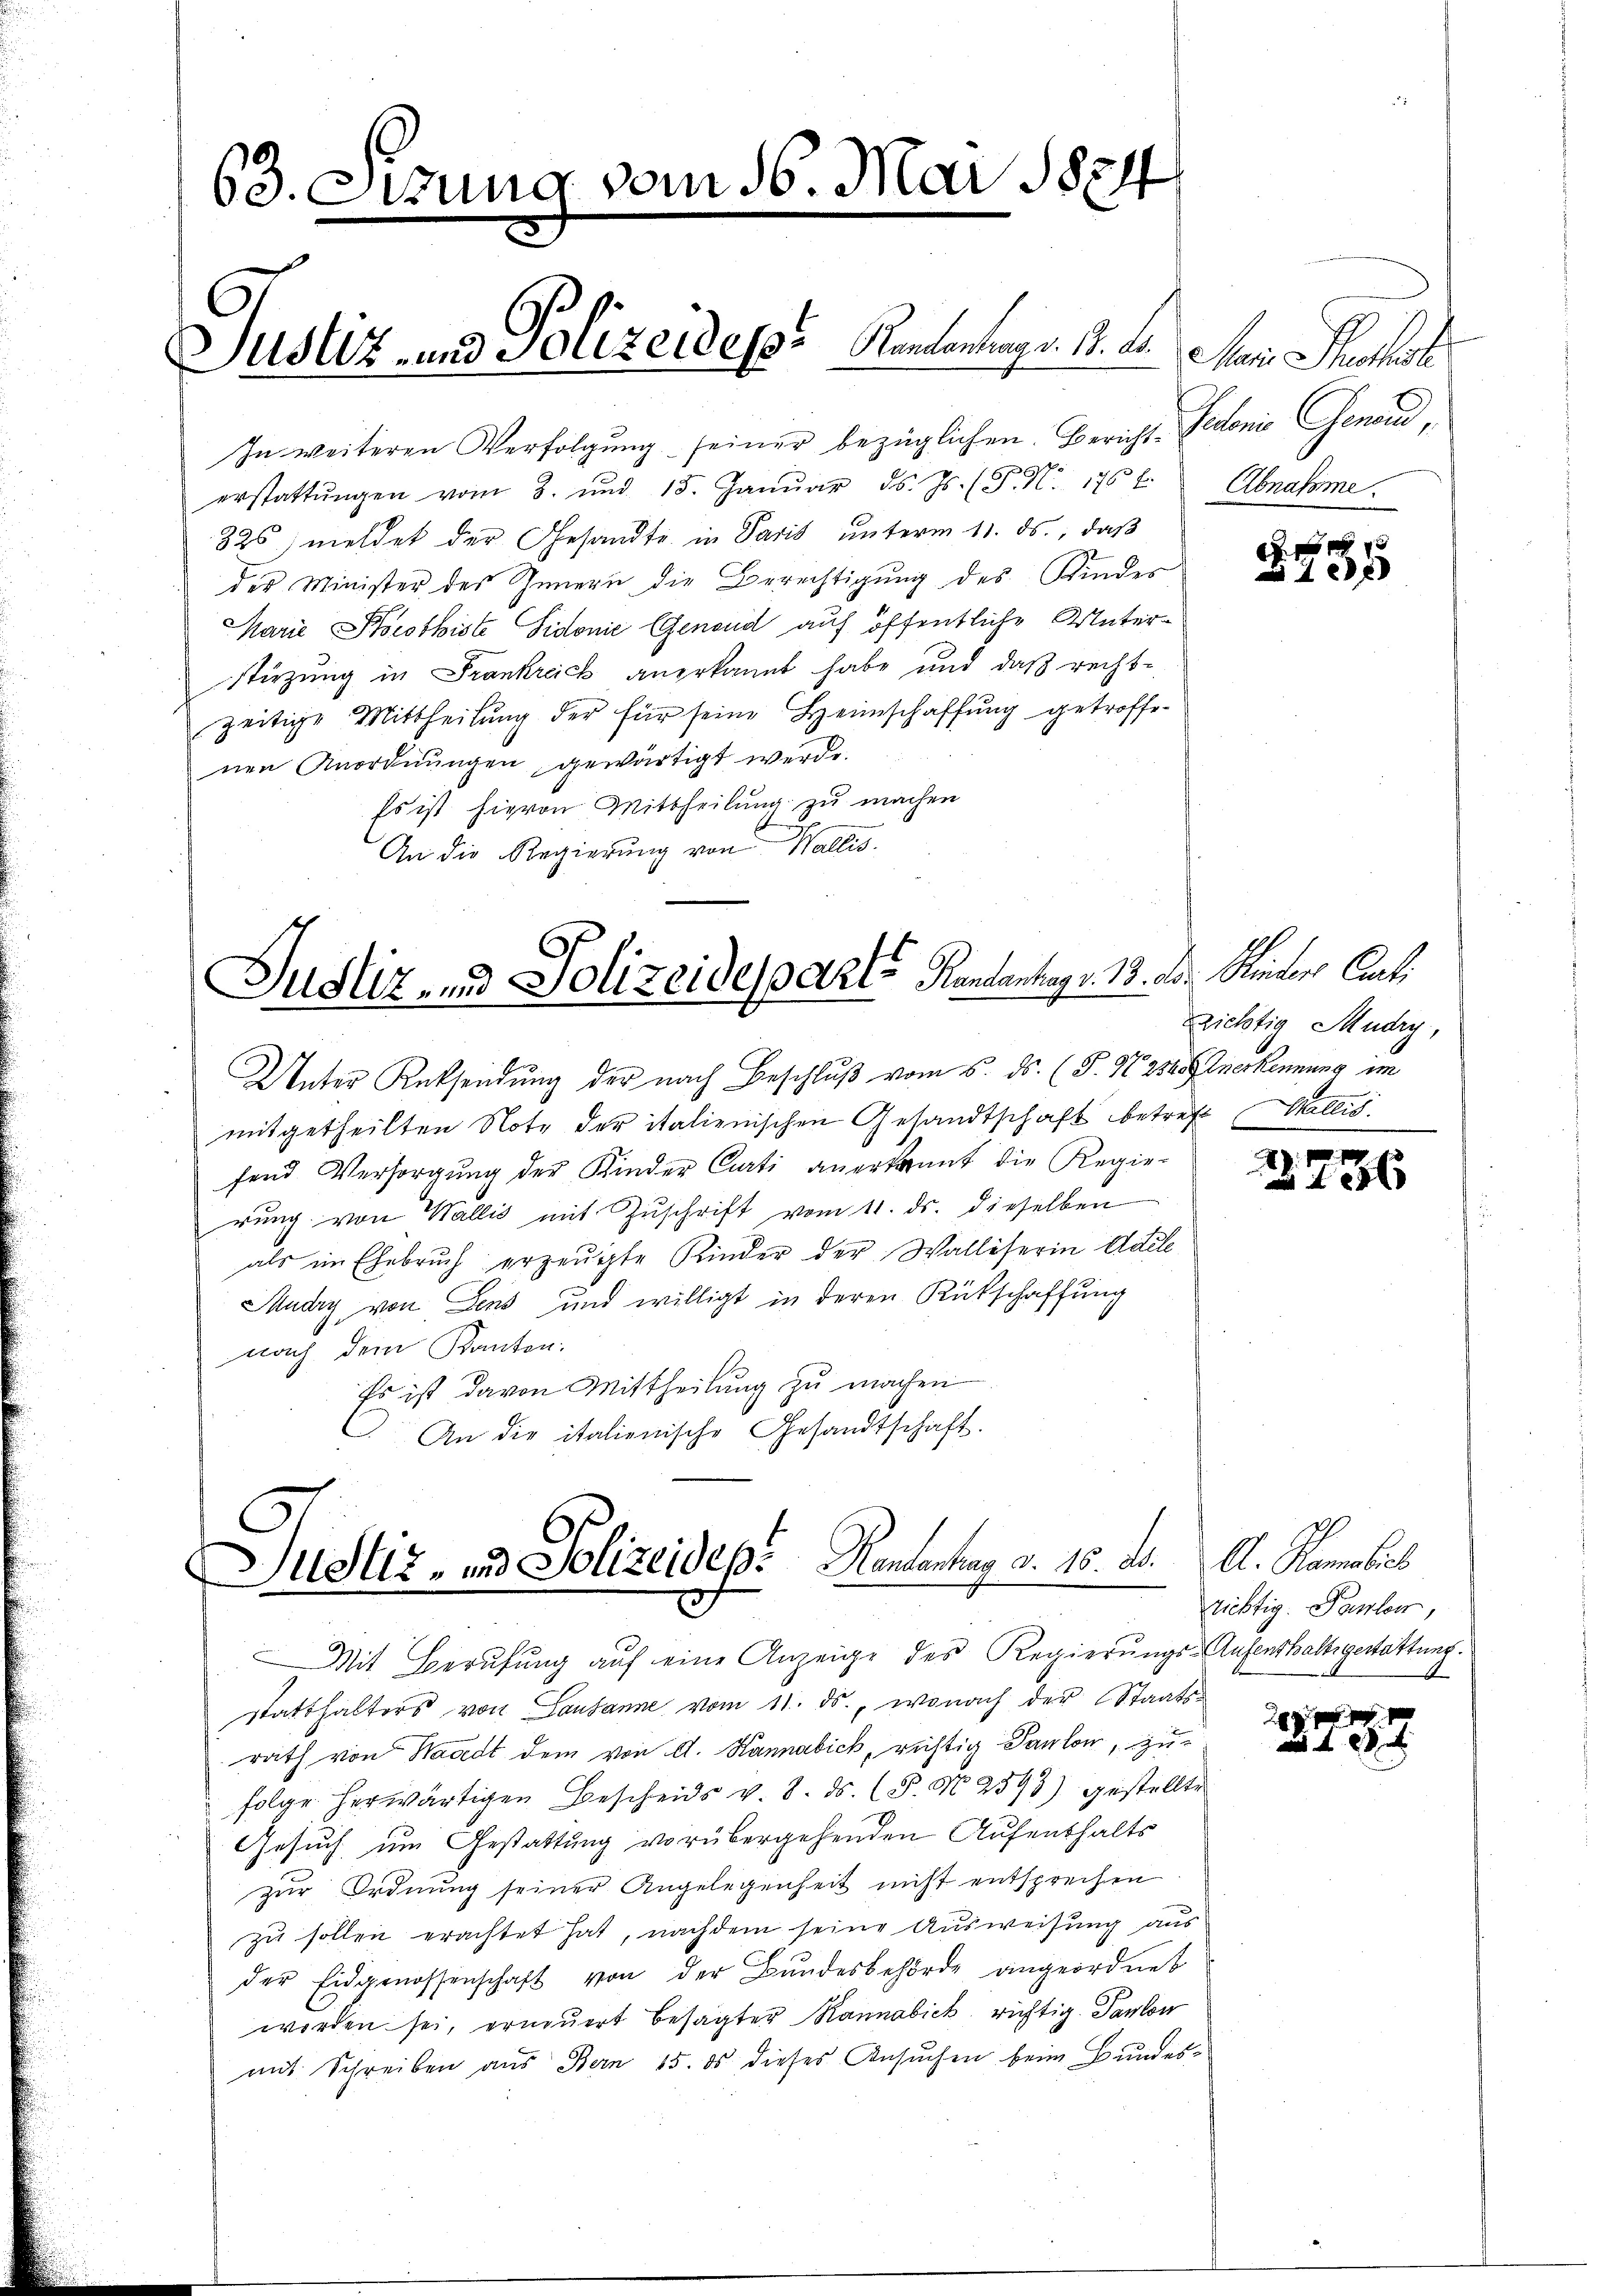
63. eizung vom 16. Mai 1884
Justiz- und Polizeideser Kantentags. S. den

In weiteren Verfolgung seiner bezüglichen Bericht-Fedonie Genan
erstattŭngen vom 3. und 15. Janŭar d. Js. (T. N. 176 t. Abnahme.
826 meldet der Gesandte in Paris ŭnterm 11. ds., daβ
des Minister des Innern die Berechtigung des Kindes
Marie Korothiste Sidonie (Genoud auf öffentliche Unterstürzung in Frankreick anerkannt habe und daß recht-
zeitige Mittheilung der für seine Heimschaffung getroffenen Anordnungen gewärtigt werde.
Es ist hievon Mittheilung zu machen
An die Regierung von Wallis.

Justiz- und Polizeideparte Rentantrag v. 13. d. Rector Cant

Unter Rücksendung der nach Beschluß vom 5. ds. (T. 47. 230. Anerkennung im
mitgetheilten Note der italienischen Gesandtschaft betreff Wallis.
fend Versorgŭng der Kinder Curti anerkannt die Regie-
rŭng von Wallis mit Zŭschrift vom 11. ds. dieselben
als im Ehebruch erzeugte Kinder der Walliserin Adele
Mudry von Jens und willigt in deren Rückschaffung
nach dem Kanton.
Es ist davon Mittheilung zu machen
An die italienische Gesandtschaft.

Justiz- und Polizeidep. Kantenhang d. 15. d.
Mit Berufung auf eine Anzeige des Regierungs- Aufenthaltigestattung.

statthalters von Lausanne vom 11. ds., wonach der Staatsrath von Waadt dem von A. Kannabich, richtig Panton, zu-
folge herwärtigen Bescheids v. 8. ds. (S. Nr. 2593) gestellte
Gesuch um Gestattung vorübergehenden Aufenthalts
zur Ordnung seiner Angelegenheit nicht entsprechen
zu sollen erachtet hat, nachdem seine Ausweisung aus
der Eidgenossenschaft von der Bundesbehörde angeordnet
worden sei, erneuert besagter Rannabick, richtig. Panton
mit Schreiben aus Bern 15. ds dieses Ansŭchen beim Bundes-

Mein Recht

f 4 x
18

Richtig Mudry,

2736

4 x

A. Hematic
Richtig. Panlos,